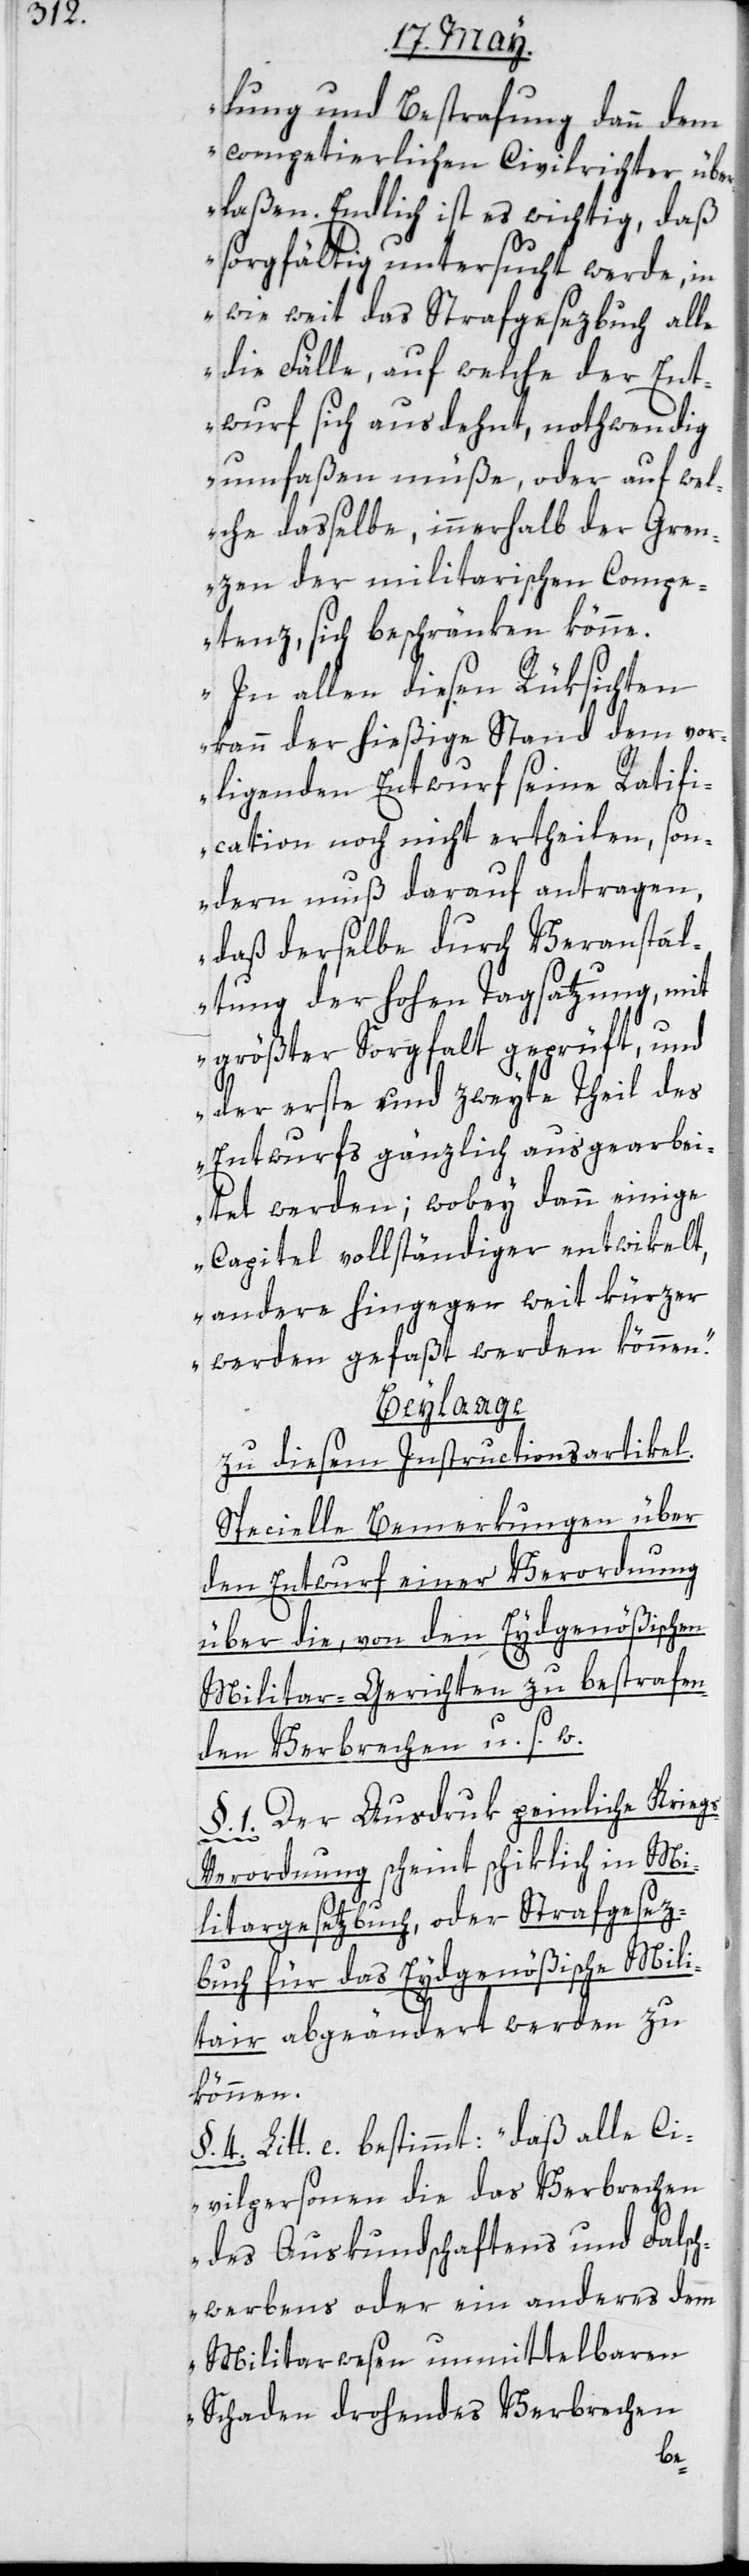
lung und Bestrafung dann dem
competierlichen Civilrichter über¬
laßen. Endlich ist es wichtig, daß
sorgfältig untersucht werde, in
wie weit das Strafgesezbuch alle
die Fälle, auf welche der Ent¬
wurf sich ausdehnt, nothwendig
umfaßen müße, oder auf wel¬
che daßelbe innerhalb der Gren¬
zen der militairischen Compe¬
tenz, sich beschränken könne.
In allen diesen Rüksichten
kann der hießige Stand dem vor¬
liegenden Entwurf seine Ratifi¬
cation noch nicht ertheilen, son¬
dern muß darauf antragen,
daß derselbe durch Veranstal¬
tung der hohen Tagsatzung, mit
größter Sorgfalt geprüft und
der erste und zweyte Theil des
Entwurfs gänzlich ausgearbei¬
tet werden; wobey dann einige
Capitel vollständiger entwikelt,
andere hingegen weit kürzer
werden gefaßt werden können.“
Beylaage
zu diesem Instructionsartikel.
Specielle Bemerkungen über
den Entwurf einer Verordnung
über die, von den Eydgenößischen
Militar-Gerichten zu bestrafen¬
den Verbrechen u. s. w.
§. 1. Der Ausdruk peinliche Krieg¬
s-Verordnung scheint schiklich in Mi¬
litargesetzbuch, oder Strafgesez¬
buch für das Eydgenößische Mili¬
tair abgeändert werden zu
können.
§. 4. Litt. c. bestimmt: „daß alle Ci¬
vilpersonen, die das Verbrechen
des Auskundschaftens und Falsch¬
werbens oder ein anderes dem
Militarwesen unmittelbaren
Schaden drohendes Verbrechen